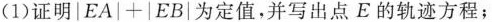
(1)证明$$ | E A | + | E B |$$为定值，并写出点E的轨迹方程；